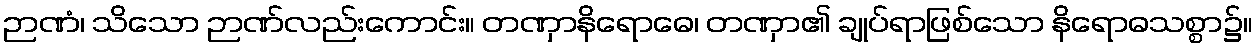
ဉာဏံ၊ သိသော ဉာဏ်လည်းကောင်း။ တဏှာနိရောဓေ၊ တဏှာ၏ ချုပ်ရာဖြစ်သော နိရောဓသစ္စာ၌။